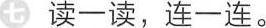
七、读-读，连一连。